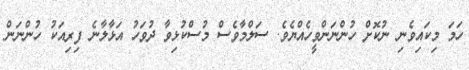
ހަމަ މިކައިވެނި ނުކޮށް ހުންނަންވީހެއްޔެވެ. ސަލްމާވެސް މުސްކުޅިވާ ދުވަހު އަޅާލާނެ ފިރިއަކު ހުންނަން